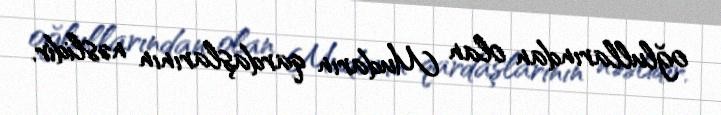
oğlullarından olan Mudarın qardaşlarının nəslidir.